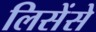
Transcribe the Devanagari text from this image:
लिसेंसे